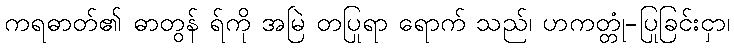
ကရဓာတ်၏ ဓာတွန် ရ်ကို အမြဲ တပြုရာ ရောက် သည်၊ ဟကတ္တုံ-ပြုခြင်းငှာ၊